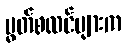
မွတ်စလင်များက